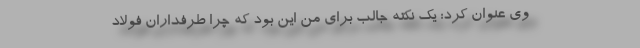
وی عنوان کرد: یک نکته جالب برای من این بود که چرا طرفداران فولاد